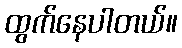
ထွက်နေပါတယ်။